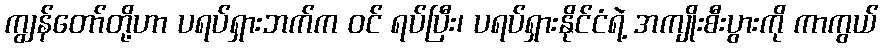
ကျွန်တော်တို့ဟာ ပရပ်ရှားဘက်က ဝင် ရပ်ပြီး၊ ပရပ်ရှားနိုင်ငံရဲ့ အကျိုးစီးပွားကို ကာကွယ်